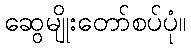
ဆွေမျိုးတော်စပ်ပုံ။